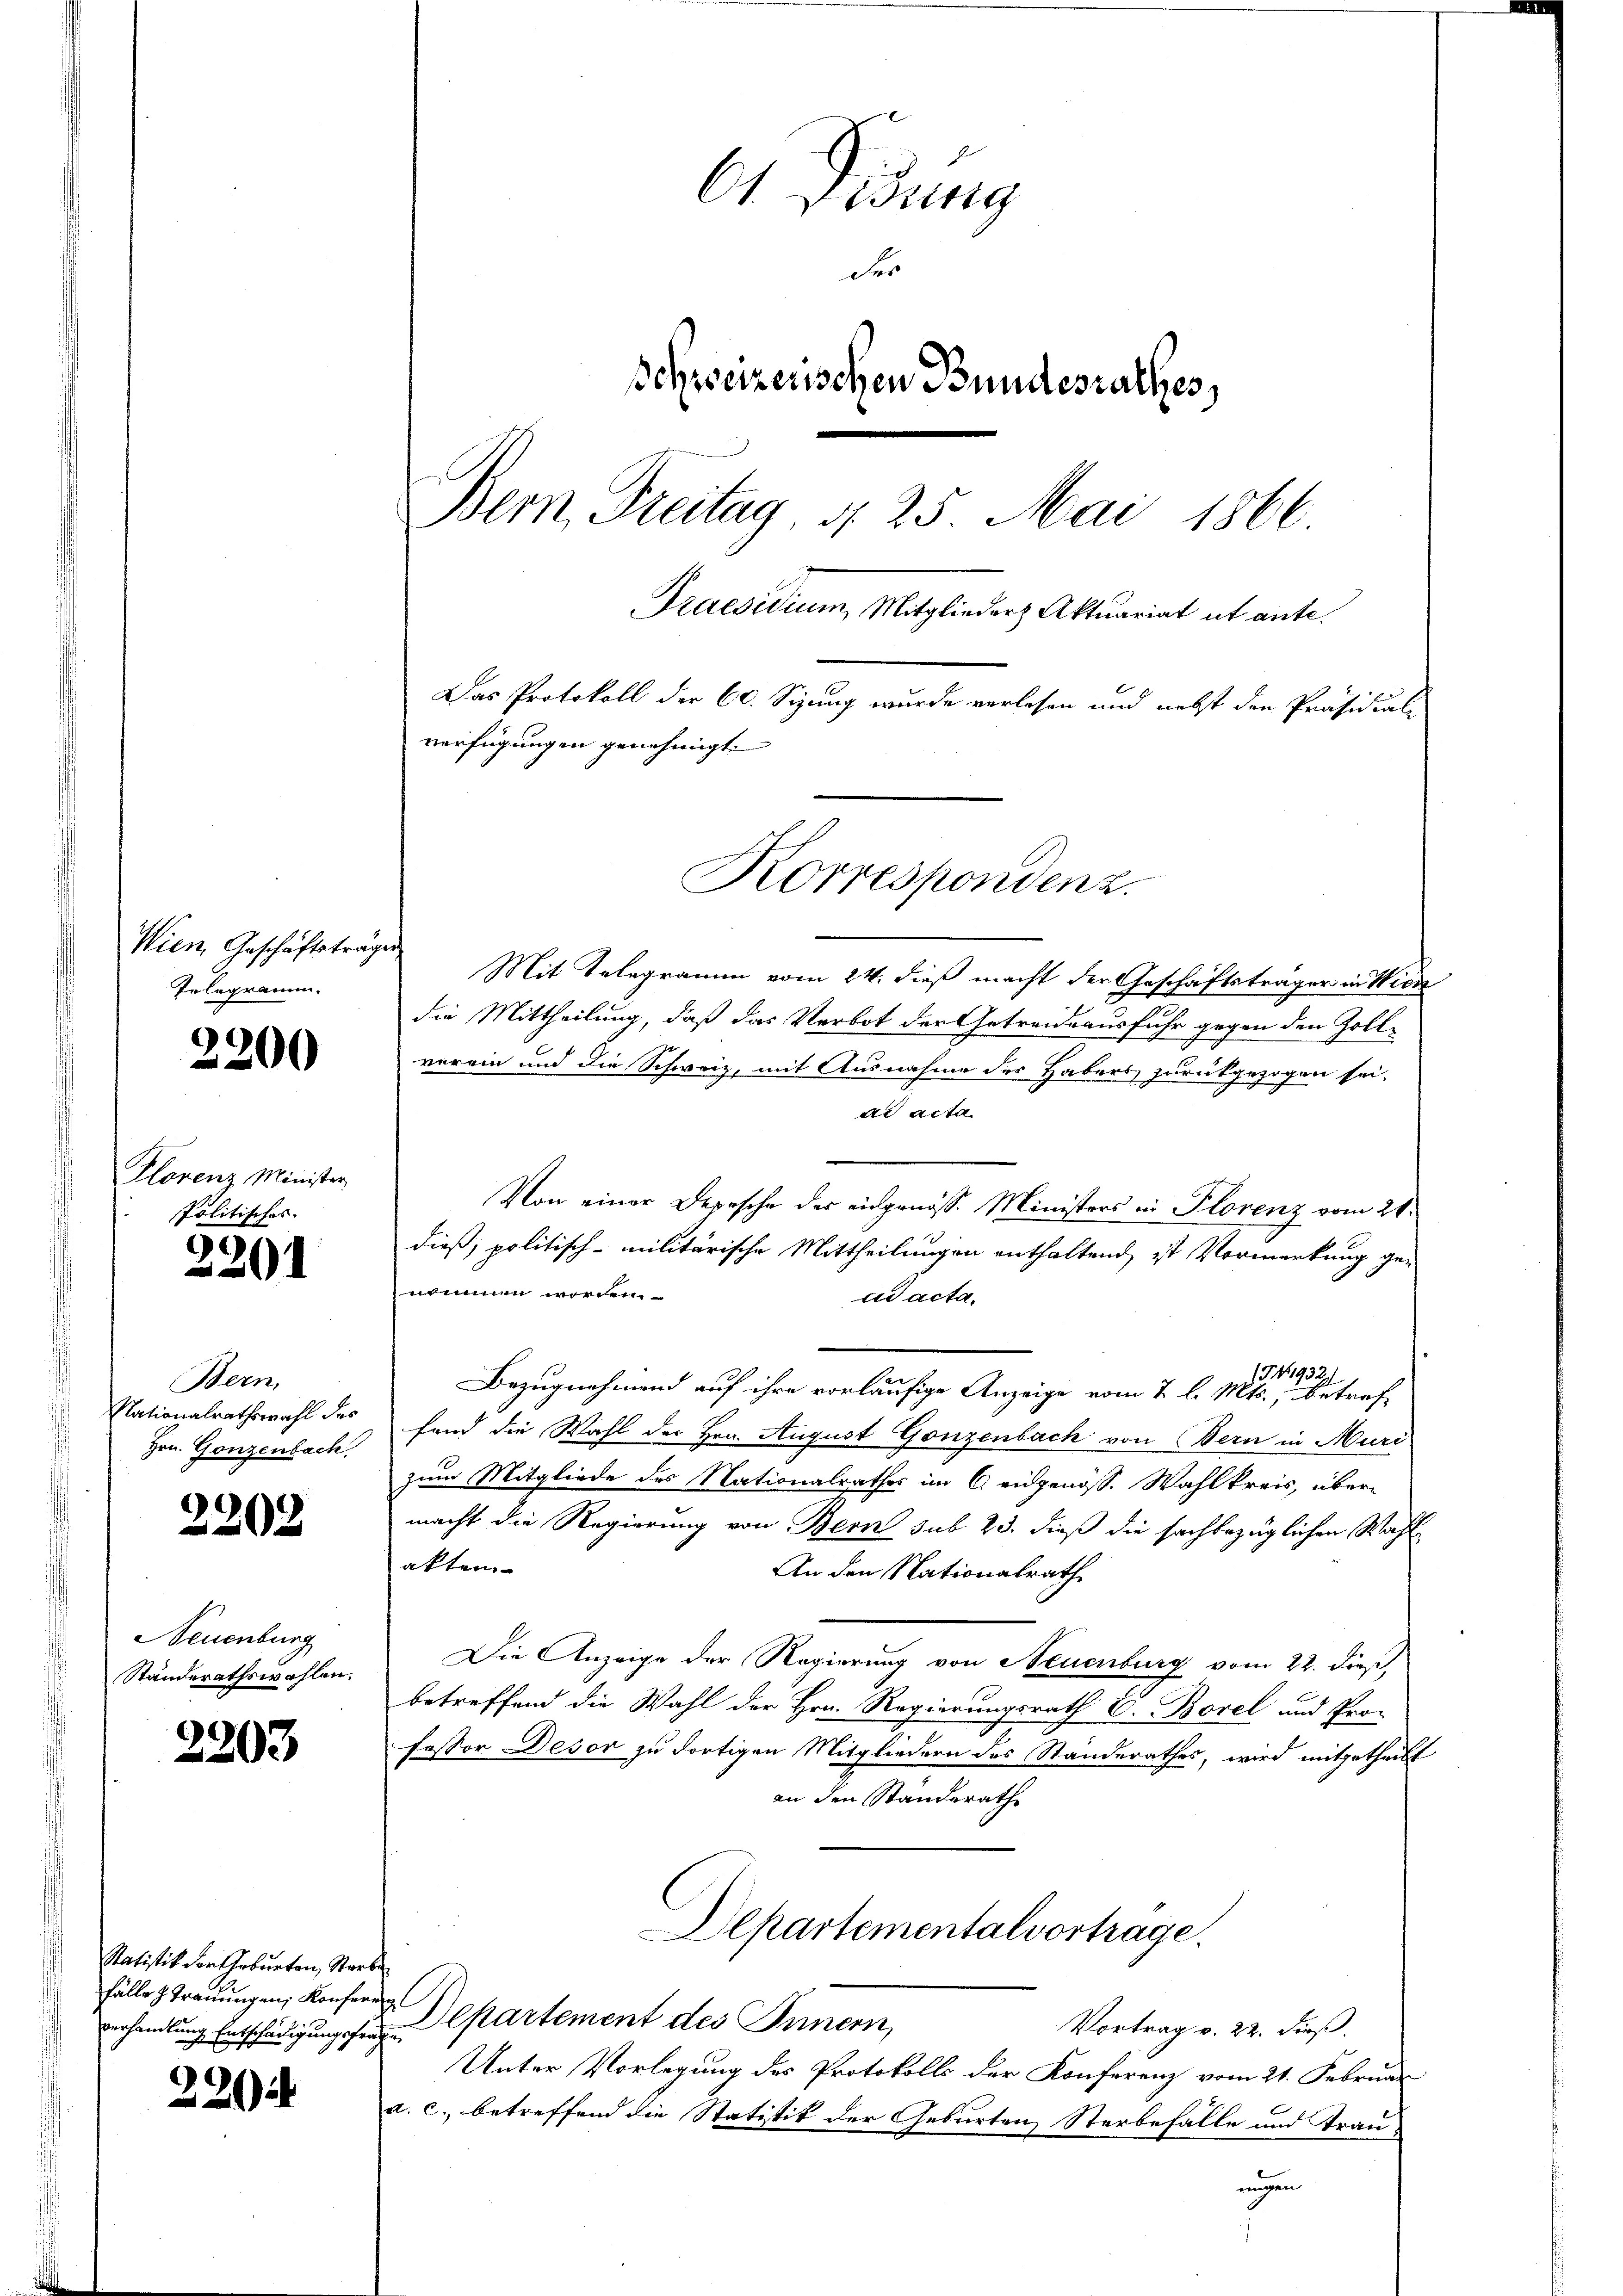
Ct. Visung
des
Schweizerischen Bundesrathes,
Bem Freitag, N. 25. Mai 1866
Praesidium, Mitglieder Aktuariat ut ante.
Das Protokoll der 60. Sizung wurde verlesen und nebst den Präsidial-
verfügungen genehmigt.

Korrespondenz.

Mit Telegramm vom 24. dieß macht der Geschäftsträger in Wick
die Mittheilung, daß das Verbot der Getreideausfuhr gegen den Zollverein und die Schweiz, mit Ausnahme des Habers zurückgezogen sei.
de Acta.
Von einer Depesche der eidgenöss. Ministers in Plorenz vom 21.
dieß, politisch-militärische Mittheilungen enthaltend, ist Vormerkung ge-
nommen worden
ad acta.
(G 41932)
Bezugnehmend auf ihre vorläufige Anzeige vom 2. l. Mts., betref-
fand die Wahl der Hrn. August Gonzenbach von Bern in Muri
zum Mitgliede des Nationalrathes im C. eidgenöss. Wahlkreis, übermacht die Regierung von Bern sub 23. dieß die sachbezüglichen Wahl
akten
An den Nationalrath
Die Anzeige der Regierung von Neuenburg vom 22. dieß,
betreffend die Wahl der Hrn. Regierungsrath V. Borel und Pro-
fessor Deser zu dortigen Mitgliedern des Standerathes, wird mitgetheilt
an den Standerath
Departementalvortrage.
erhandlung Entschädigungsfordepartement des Innern,
Vortrag v. 22. dieß.
Unter Vorlegung des Protokolls der Konferenz vom 21. Februar
u. c. betreffend die Statistik der Geburten Sterbefalle und Trau-
ungen

Wien Geschäftsträgen
Telegramm.

2200

Plorenz Minister
Politisches. |

2201

Bern,
Nationalrathswahl des
Hrn. Gonzenbach

2202

Neuenburg
Standerathswahlen.

2203

Statistik der Geburten, Starbe
fälle z. Trauungen, Konferen

220